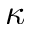
\kappa